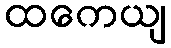
ထကေယျ